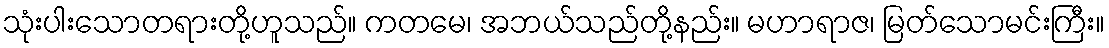
သုံးပါးသောတရားတို့ဟူသည်။ ကတမေ၊ အဘယ်သည်တို့နည်း။ မဟာရာဇ၊ မြတ်သောမင်းကြီး။